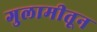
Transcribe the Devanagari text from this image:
गुलामीतून